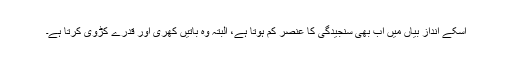
اسکے اندازِ بیاں میں اب بھی سنجیدگی کا عنصر کم ہوتا ہے، البتہ وہ باتیں کھری اور قدرے کڑوی کرتا ہے۔